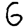
Digit: 6